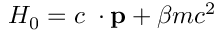
H _ { 0 } = c { \bf \alpha } \cdot { \bf p } + \beta m c ^ { 2 }